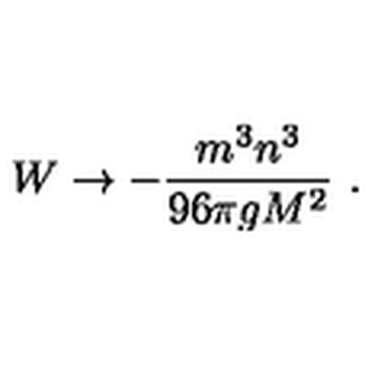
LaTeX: W \to - \frac { m ^ { 3 } n ^ { 3 } } { 9 6 \pi g M ^ { 2 } } \ .